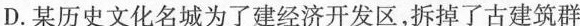
D.某历史文化名城为了建经济开发区，拆掉了古建筑群